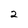
Character: 2